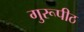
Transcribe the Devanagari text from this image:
गुरूपीठ